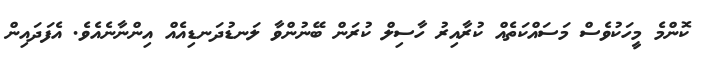
ކޮންމެ މީހަކުވެސް މަސައްކަތެއް ކުރާއިރު ހާސިލް ކުރަން ބޭނުންވާ ލަނޑުދަނޑިއެއް އިންނާނެއެވެ. އެފަދައިން